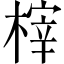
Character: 榟